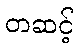
တဆင့်